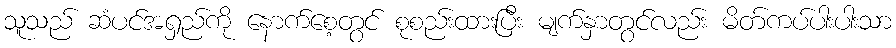
သူသည် ဆံပင်အရှည်ကို နောက်စေ့တွင် စုစည်းထားပြီး မျက်နှာတွင်လည်း မိတ်ကပ်ပါးပါးသာ